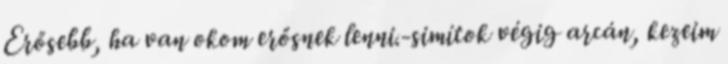
Erősebb, ha van okom erősnek lenni.-simítok végig arcán, kezeim